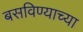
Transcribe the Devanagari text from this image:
बसविण्याच्या